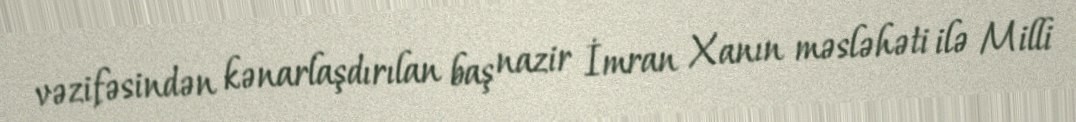
vəzifəsindən kənarlaşdırılan baş nazir İmran Xanın məsləhəti ilə Milli